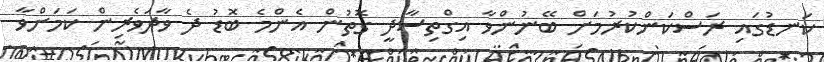
ކަނޑުގައި ރަސްކަންކުރުމަށް ބޭނުންވާ އިގްތިސާދީ ގޮތުން އެންމެ ބޮޑު ދެ ވާދަވެރިން ކަމަށްވާ